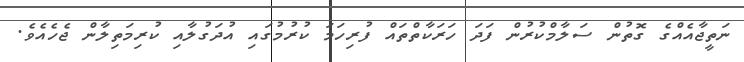
ނަތީޖާއެއްގެ ގޮތުން ސަލާމްކުރުން ފަދަ ހަރަކާތްތައް ފުރިހަމަ ކުރުމުގައި އުދަގުލާއި ކުރިމަތިލާން ޖެހެއެވެ.